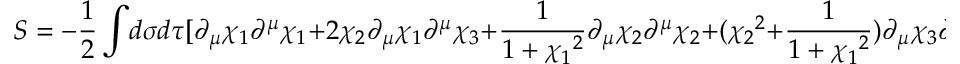
S = - \frac { 1 } { 2 } \int \! d \sigma d \tau [ \partial _ { \mu } \chi _ { 1 } \partial ^ { \mu } \chi _ { 1 } + 2 \chi _ { 2 } \partial _ { \mu } \chi _ { 1 } \partial ^ { \mu } \chi _ { 3 } + \frac { 1 } { 1 + { \chi _ { 1 } } ^ { 2 } } \partial _ { \mu } \chi _ { 2 } \partial ^ { \mu } \chi _ { 2 } + ( { \chi _ { 2 } } ^ { 2 } + \frac { 1 } { 1 + { \chi _ { 1 } } ^ { 2 } } ) \partial _ { \mu } \chi _ { 3 } \partial ^ { \mu } \chi _ { 3 } + \partial _ { \mu } t \partial ^ { \mu } t ] .